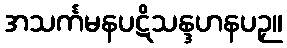
အသင်္ကမနပဋိသန္ဒဟနပဉှ။